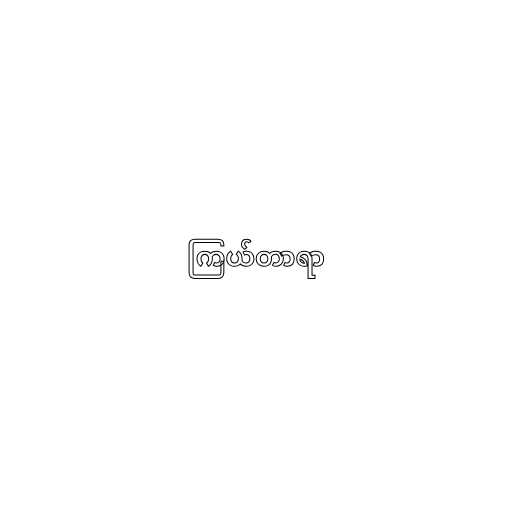
ကြယ်တာရာ